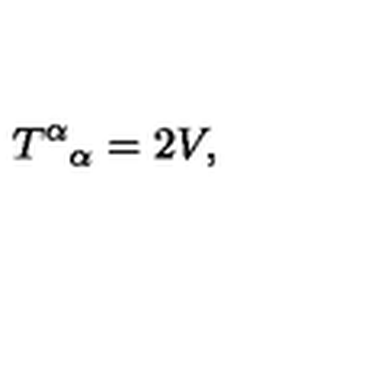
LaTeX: T ^ { \alpha } { } _ { \alpha } = 2 V ,